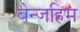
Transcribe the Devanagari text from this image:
बेन्जहिम